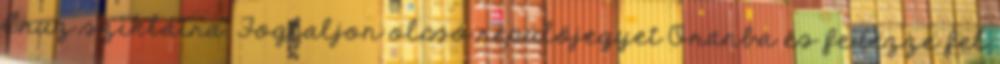
Cruz szikláira. Foglaljon olcsó repülőjegyet Oránba és fedezze fel